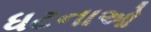
ધટનાઓ